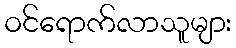
ဝင်ရောက်လာသူများ